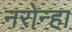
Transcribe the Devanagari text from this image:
नरोन्हा